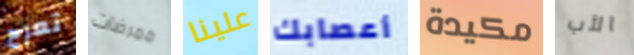
تعرج ممرضات علينا أعصابك مكيدة الأب